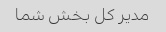
مدیر کل بخش شما